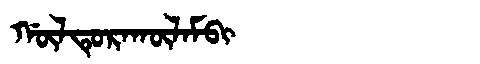
Manchu: ᡤᡡᠯᡨᡠᡵᠠᡴᡡᠯᠠᠮᠪᡳ
Romanization: GŪLTURAKŪLAMBI